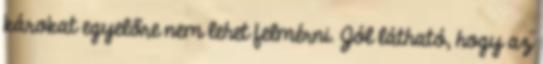
károkat egyelőre nem lehet felmérni. Jól látható, hogy az